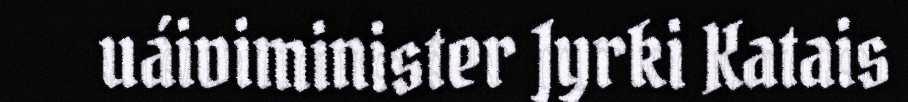
uáiviminister Jyrki Katais